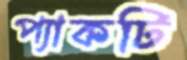
প্যাকটি